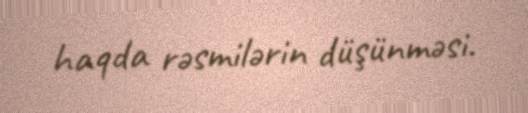
haqda rəsmilərin düşünməsi.